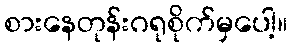
စားနေတုန်းဂရုစိုက်မှပေါ့။